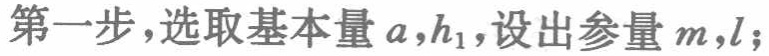
第一步，选取基本量\(a,h_{1}\)，设出参量\(m,l\)；